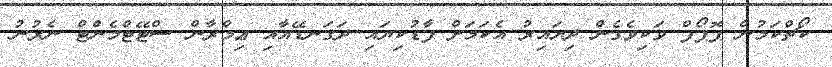
ކޯޗްކަމުން ޕޮޕޯފް ވަކިވެގެން ދިޔައިރު އެކަމަށް ފާޑުކިޔައި ދަގަނޑޭއާއި ޢިމްރާން ސްޓޭޓްމެންޓް ނެރުނު